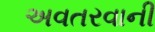
અવતરવાની